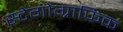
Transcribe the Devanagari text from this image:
स्टेगोग्राफिक